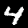
Label: 4